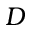
D